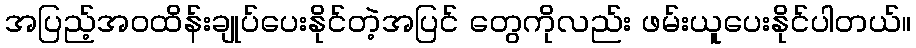
အပြည့်အဝထိန်းချုပ်ပေးနိုင်တဲ့အပြင် တွေကိုလည်း ဖမ်းယူပေးနိုင်ပါတယ်။